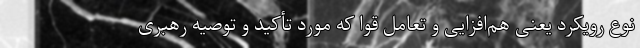
نوع رویکرد یعنی هم‌افزایی و تعامل قوا که مورد تأکید و توصیه رهبری